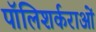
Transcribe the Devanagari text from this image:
पॉलिशर्कराओं